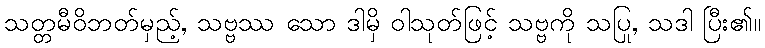
သတ္တမီဝိဘတ်မှည့်, သဗ္ဗဿ သော ဒါမှိ ဝါသုတ်ဖြင့် သဗ္ဗကို သပြု, သဒါ ပြီး၏။